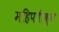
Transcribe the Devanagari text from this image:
महिपतीबुवा